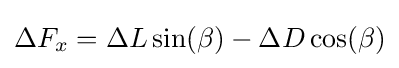
\Delta F_{x}=\Delta L\sin(\beta )-\Delta D\cos(\beta )